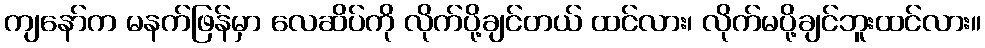
ကျနော်က မနက်ဖြန်မှာ လေဆိပ်ကို လိုက်ပို့ချင်တယ် ထင်လား၊ လိုက်မပို့ချင်ဘူးထင်လား။